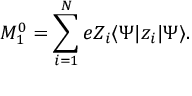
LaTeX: M _ { 1 } ^ { 0 } = \sum _ { i = 1 } ^ { N } e Z _ { i } \langle \Psi | z _ { i } | \Psi \rangle .